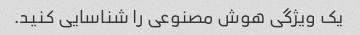
یک ویژگی هوش مصنوعی را شناسایی کنید.